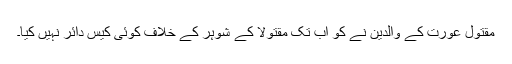
مقتول عورت کے والدین نے کو اب تک مقتولا کے شوہر کے خلاف کوئی کیس دائر نہیں کیا۔